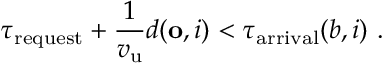
\tau _ { \mathrm { r e q u e s t } } + \frac { 1 } { v _ { \mathrm { u } } } d ( \mathbf { o } , i ) < \tau _ { \mathrm { a r r i v a l } } ( b , i ) \, \, .